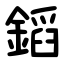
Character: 䤾